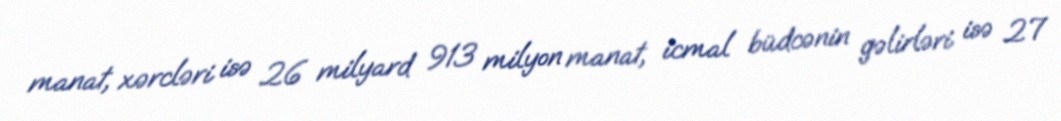
manat, xərcləri isə 26 milyard 913 milyon manat, icmal büdcənin gəlirləri isə 27